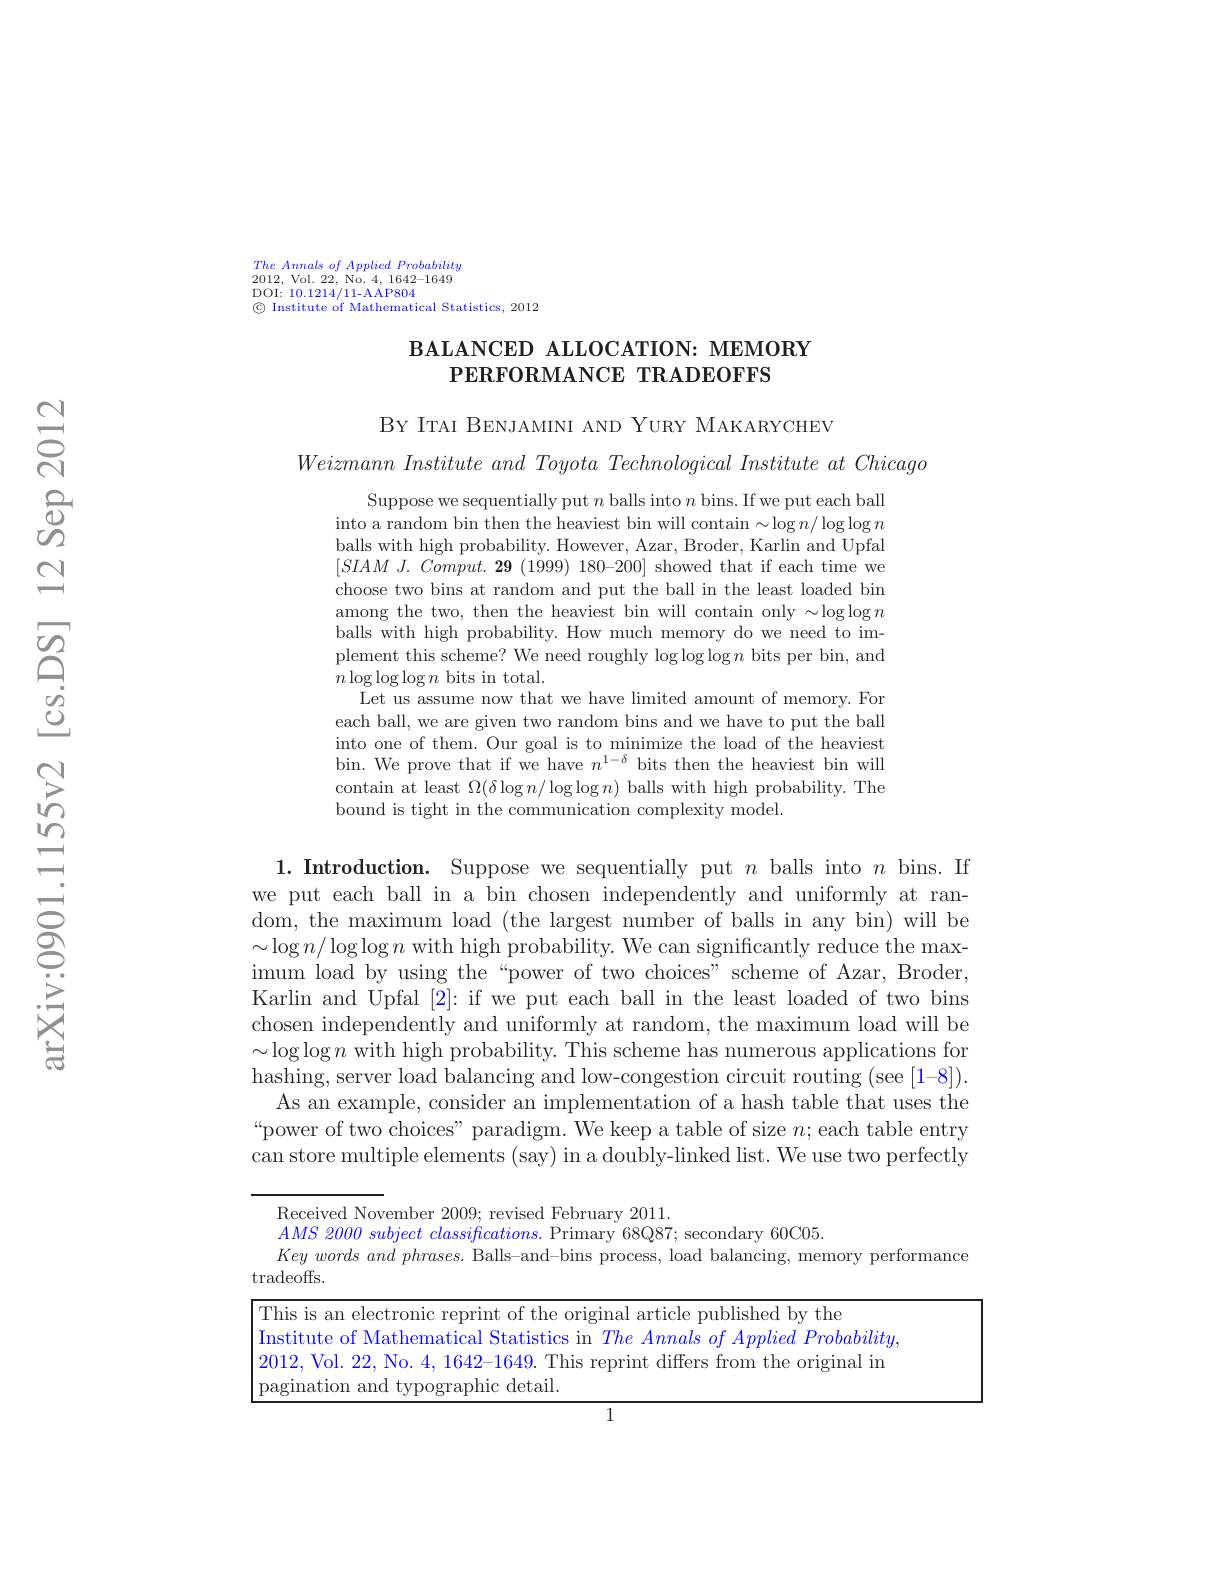
$The\textit{ Annals of Applied Probability}$ 2012, Vol. 22, No. 4,1642-1649 DOI: 10.1214/11-AAP804
$\textcircled{\mathrm{c}}$ Institute of Mathematical Statistics, 2012

## BALANCED ALLOCATION: MEMORY $\mathbf{PERFORMANCE}$ TRADEOFFS

BY ITAI BENJAMINI AND YURY MAKARYCHEV

$Weizmann\textit{ Institute and Toyota Technological Institute at Chicagotis Terestitute at Chicagootis Torestitute and Toyota Technological Institute at Chicagootis Torestitute at Chicagotis Torestititute at Chicagotis Torestis tistis orestis orestis orestis }$

Suppose we sequentially put $n$ balls into $n$ bins. If we put each ball into a random bin then the heaviest bin will contain $\sim\log n/\log\log n$ balls with high probability. However, Azar, Broder, Karlin and Upfal $[SIAM~J.~Comput.~\mathbf{29}~(1999)~180-200]~$showed that if each time we choose two bins at random and put the ball in the least loaded bin among the two, then the heaviest bin will contain only $\sim\log\log n$ balls with high probability. How much memory do we need to implement this scheme? We need roughly $\log\log\log n$ bits per bin, and $n\log\log\log n$ bits in total.
Let us assume now that we have limited amount of memory. For each ball, we are given two random bins and we have to put the ball into one of them. Our goal is to minimize the load of the heaviest bin. We prove that if we have $n^1-\delta$ bits then the heaviest bin will contain at least $\Omega(\delta\log n/\log\log n)$ balls with high probability. The bound is tight in the communication complexity model.

1. Introduction. Suppose we sequentially put $n$ balls into $n$ bins.If we put each ball in a bin chosen independently and uniformly at random, the maximum load (the largest number of balls in any bin) will be $\sim\log n/\log\log n$ with high probability. We can significantly reduce the maximum load by using the “ power of two choices" scheme of Azar, Broder, Karlin and Upfal [2]: if we put each ball in the least loaded of two bins chosen independently and uniformly at random, the maximum load will be $\sim\log\log n$ with high probability. This scheme has numerous applications for hashing, server load balancing and low-congestion circuit routing (see [1-8]).
As an example, consider an implementation of a hash table that uses the “power of two choices" paradigm. We keep a table of size $n;$each table entry can store multiple elements (say) in a doubly-linked list. We use two perfectly

<table>
	<tbody>
		<tr>
			<td>$\tan\epsilon$</td>
			<td>$AS\textit{ 2000 subject classifications.  Primary 68Q87;  secondary 60C05. }$ $y\textit{ words and phrases.  Balls- and- bins process,  load balancing,  memory performance}$ ) ffs. </td>
		</tr>
	</tbody>
</table>